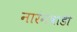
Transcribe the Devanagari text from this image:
नारंगवाडी